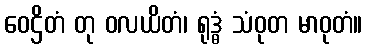
ဝေဌိတံ တု ဝလယိတံ၊ ရုဒ္ဓံ သံဝုတ မာဝုတံ။